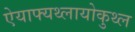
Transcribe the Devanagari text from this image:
ऐयाफ्यथ्लायोकुथ्ल